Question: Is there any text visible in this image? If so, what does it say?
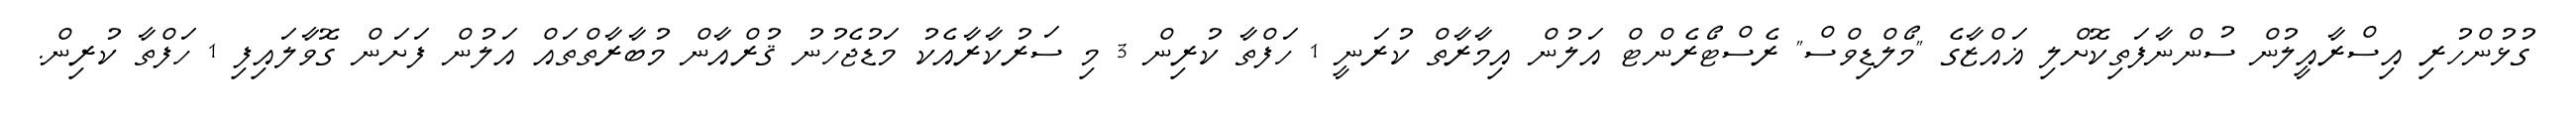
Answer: ގުޅުންހުރި އިސްރާއީލުން ސުންނާފަތިކޮށްލި ޣައްޒާގެ "މޯލްޑިވްސް" ރެސްޓޯރެންޓް އަލުން އިމާރާތް ކުރަނީ 1 ހަފްތާ ކުރިން 3 މި ސަރުކާރާއެކު މަޑުޖެހުނު ޤުރްއާން މުބާރާތްތައް އަލުން ފަށަން ގޮވާލައިފި 1 ހަފްތާ ކުރިން.